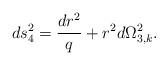
\begin{align*}ds_4 ^2 = \frac{dr^2}{q} + r^2 d\Omega_{3,k}^2 .\end{align*}